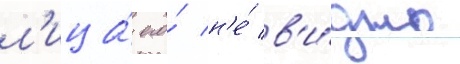
л'ица́ его́ н'е́ в'и́дно